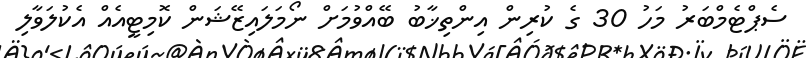
ސެޕްޓެމްބަރު މަހު 30 ގެ ކުރިން އިންތިޚާބު ބޭއްވުމަށް ނޯމަލައިޒޭޝަން ކޮމިޓީއެއް އެކުލަވާލި